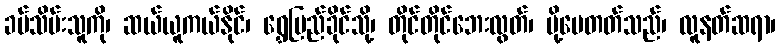
ခပ်သိမ်းသူကို၊ ဆယ်ယူကယ်နိုင်၊ ရွှေပြည်ခိုင်သို့၊ တိုင်တိုင်ဘေးလွတ်၊ ပို့ပေတတ်သည်၊ လူနတ်ဆရာ၊